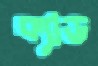
ক্যাড